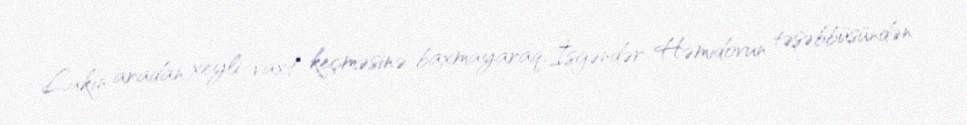
Lakin aradan xeyli vaxt keçməsinə baxmayaraq, İsgəndər Həmidovun təşəbbüsündən